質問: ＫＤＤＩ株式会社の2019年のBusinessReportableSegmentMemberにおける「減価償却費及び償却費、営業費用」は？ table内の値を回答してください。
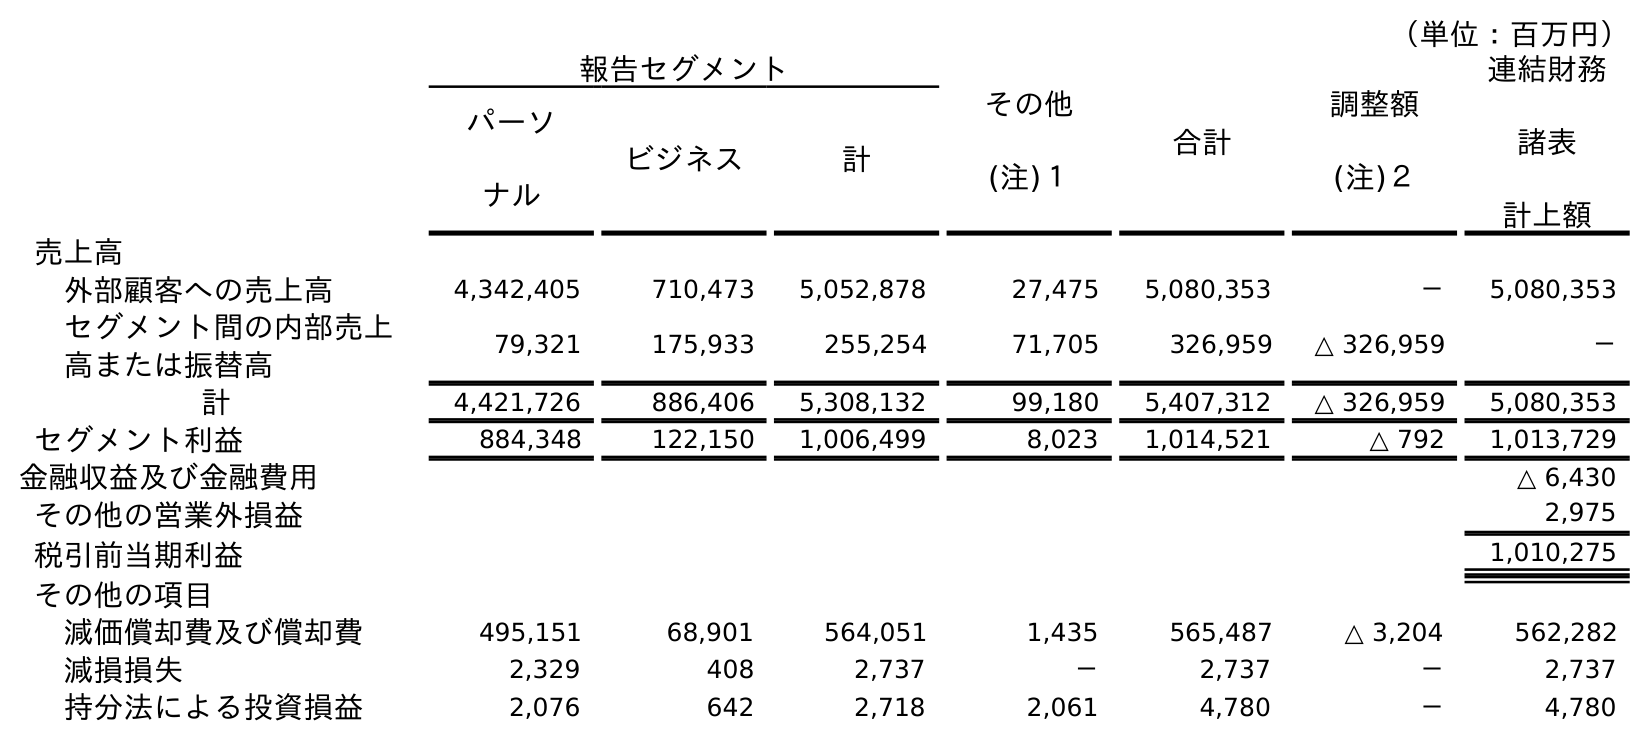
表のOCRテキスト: （単位：百万円） 報告セグメント その他 (注)１ 合計 調整額 (注)２ 連結財務 諸表 計上額 パーソ ナル ビジネス 計 売上高 外部顧客への売上高 4,342,405 710,473 5,052,878 27,475 5,080,353 － 5,080,353 セグメント間の内部売上 高または振替高 79,321 175,933 255,254 71,705 326,959 △ 326,959 － 計 4,421,726 886,406 5,308,132 99,180 5,407,312 △ 326,959 5,080,353 セグメント利益 884,348 122,150 1,006,499 8,023 1,014,521 △ 792 1,013,729 金融収益及び金融費用 △ 6,430 その他の営業外損益 2,975 税引前当期利益 1,010,275 その他の項目 減価償却費及び償却費 495,151 68,901 564,051 1,435 565,487 △ 3,204 562,282 減損損失 2,329 408 2,737 － 2,737 － 2,737 持分法による投資損益 2,076 642 2,718 2,061 4,780 － 4,780
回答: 68,901